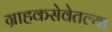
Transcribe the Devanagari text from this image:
ग्राहकसेवेतल्या